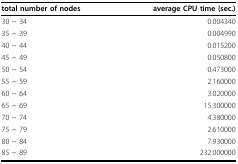
| total number of nodes | average CPU time (sec.) |
 | --- | --- |
 | 30 ~ 34 | 0.004340 |
 | 35 ~ 39 | 0.004990 |
 | 40 ~ 44 | 0.015200 |
 | 45 ~ 49 | 0.050800 |
 | 50 ~ 54 | 0.473000 |
 | 55 ~ 59 | 2.160000 |
 | 60 ~ 64 | 3.020000 |
 | 65 ~ 69 | 15.300000 |
 | 70 ~ 74 | 4.380000 |
 | 75 ~ 79 | 2.610000 |
 | 80 ~ 84 | 7.930000 |
 | 85 ~ 89 | 232.000000 |